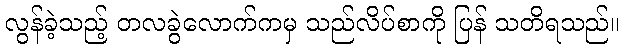
လွန်ခဲ့သည့် တလခွဲလောက်ကမှ သည်လိပ်စာကို ပြန် သတိရသည်။